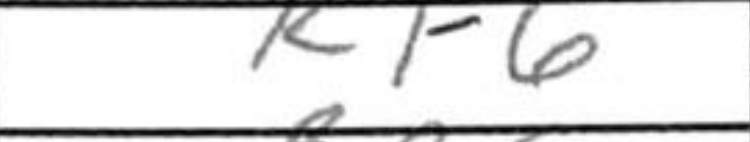
Transcription: Kf6